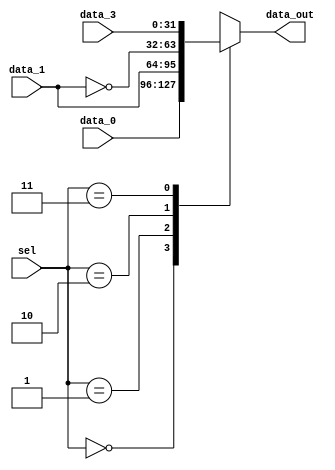
module mux_ALU_A (
    input wire [1:0] sel,
    input wire [31:0] data_0,
    input wire [31:0] data_1,
    input wire [31:0] data_3,
    output reg [31:0] data_out
);
    wire [31:0] notA = ~data_1;
    always @(*) begin
        case (sel)
            2'd0: data_out = data_0;
            2'd1: data_out = data_1;
            2'd2: data_out = notA;
            2'd3: data_out = data_3;
        endcase 
    end 

endmodule